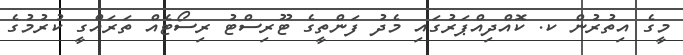
މީގެ އިތުރުން ކ. ކޮއްދިއްޕަރުގައި މެދު ފަންތީގެ ޓޫރިސްޓު ރިސޯޓެއް ތަރައްގީ ކުރުމުގެ